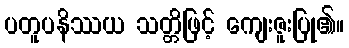
ပတူပနိဿယ သတ္တိဖြင့် ကျေးဇူးပြု၏။